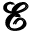
\pmb { \mathcal { E } }